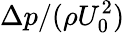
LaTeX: \Delta p/(\rho U_{0}^{2})